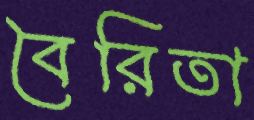
বৈরিতা